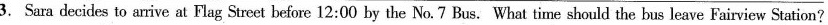
3. Sara decides to arrive at Flag Street before 12:00 by the No.7 Bus. What time should the bus leave Fairview Station?